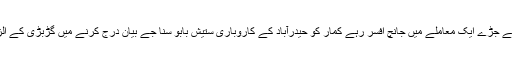
میٹ کاروباری معین قریشی سے جڑے ایک معاملے میں جانچ افسر رہے کمار کو حیدرآباد کے کاروباری ستیش بابو سنا جے بیان درج کرنے میں گڑبڑی کے الزام کے بعد گرفتار کیا گیا تھا ۔